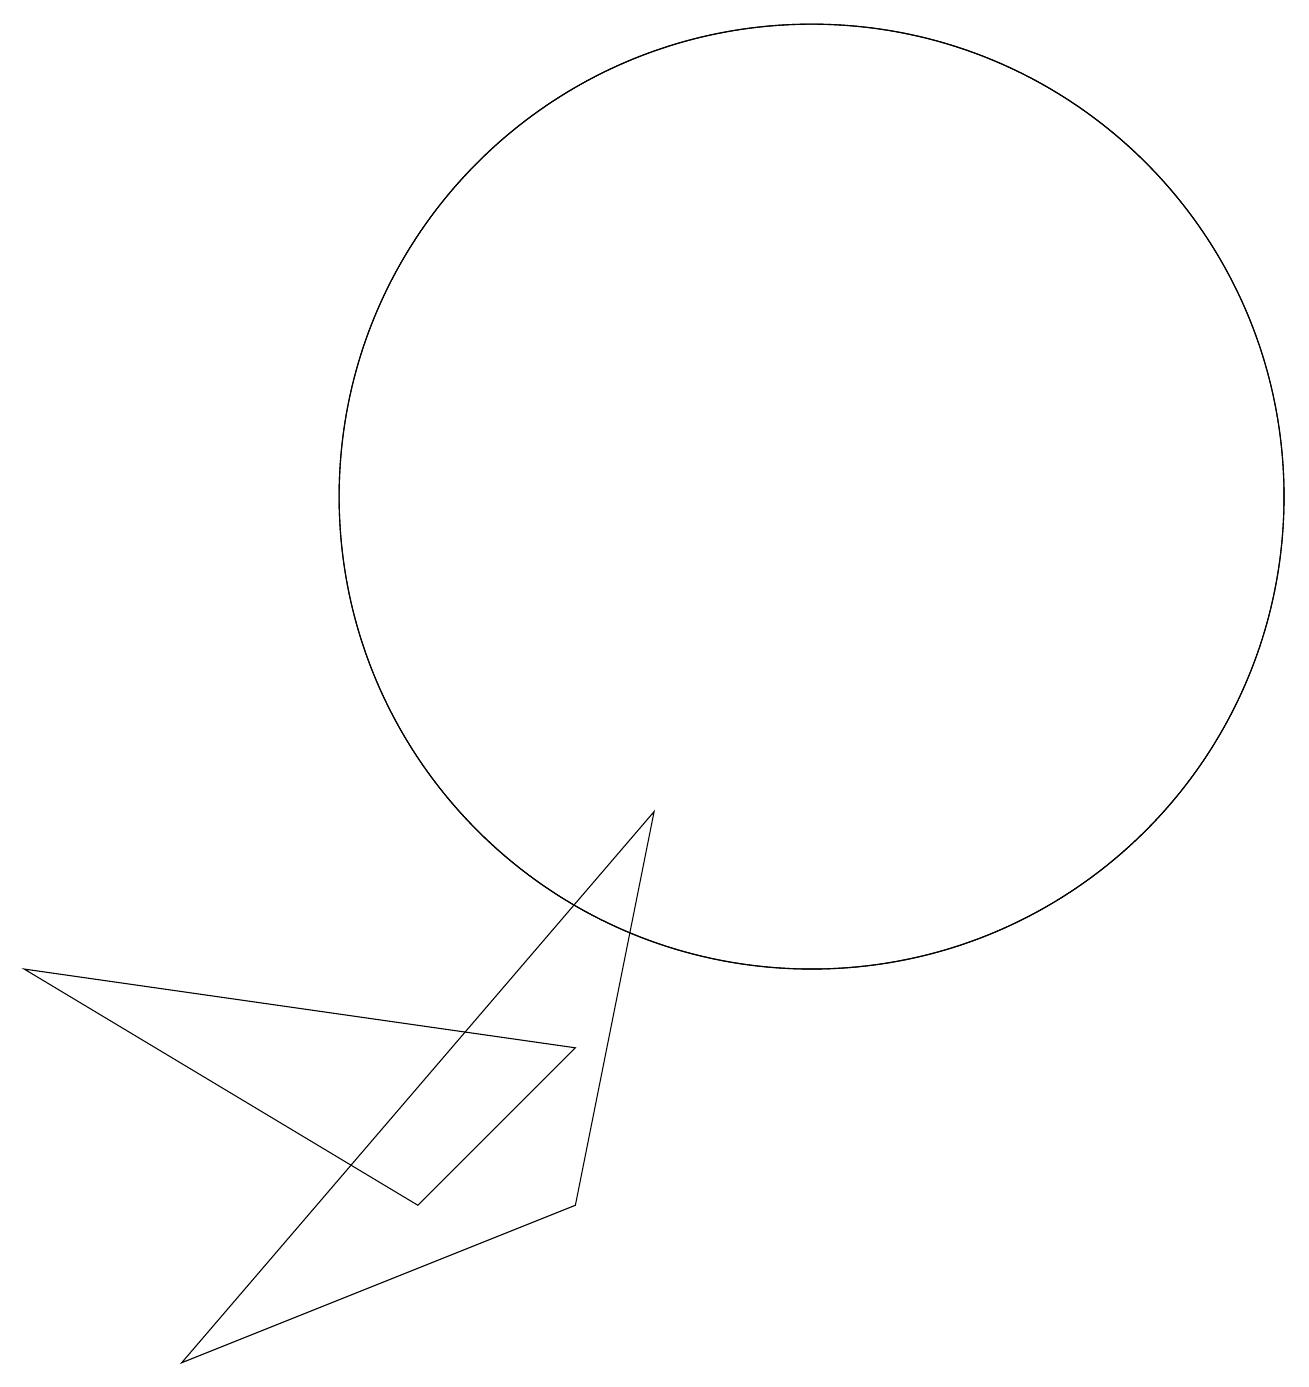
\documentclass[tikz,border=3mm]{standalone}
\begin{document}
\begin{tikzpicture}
\draw (11,11) circle (6);
\draw (11,11) circle (6);
\draw (8,4) -- (6,2) -- (1,5) -- cycle;
\draw (3,0) -- (9,7) -- (8,2) -- cycle;
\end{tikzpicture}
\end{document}